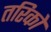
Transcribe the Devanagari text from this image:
तरिको